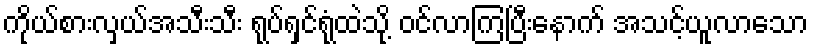
ကိုယ်စားလှယ်အသီးသီး ရုပ်ရှင်ရုံထဲသို့ ဝင်လာကြပြီးနောက် အသင့်ယူလာသော